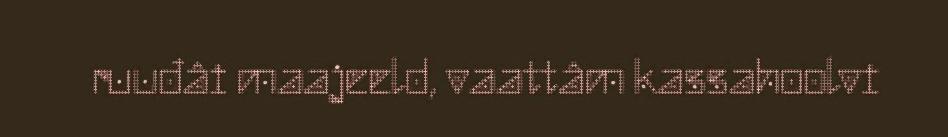
ruuđâi maajeeld, vaattâm kassahoolvi